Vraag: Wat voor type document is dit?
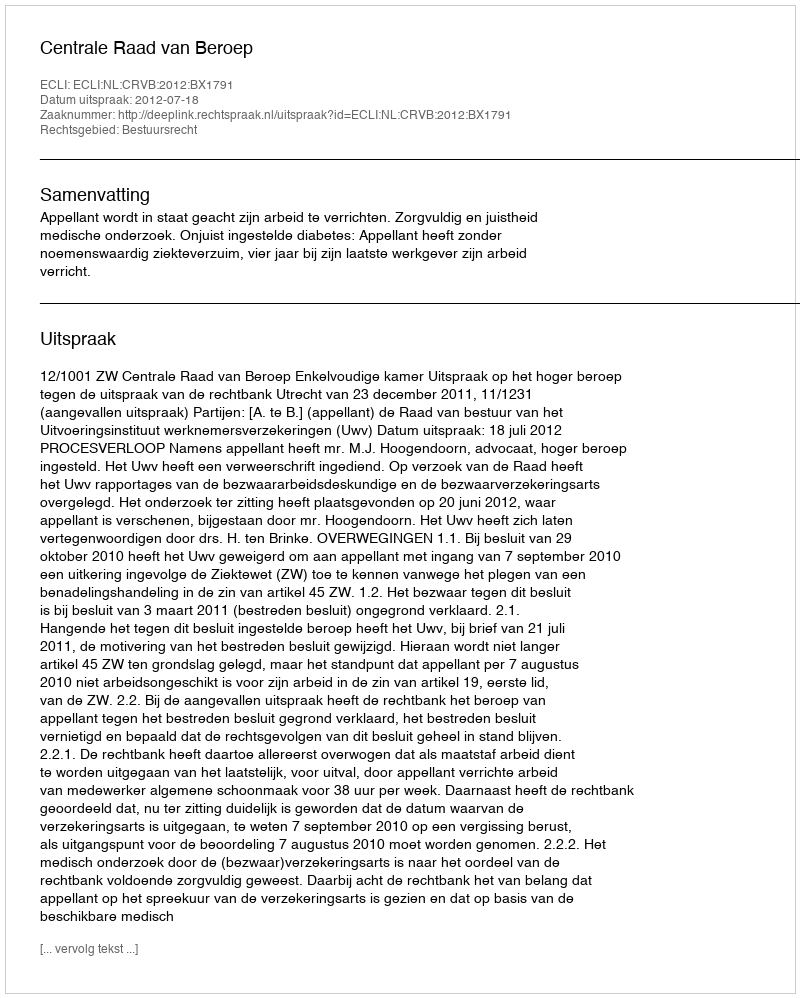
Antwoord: Uitspraak